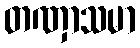
တဏှာသမာ